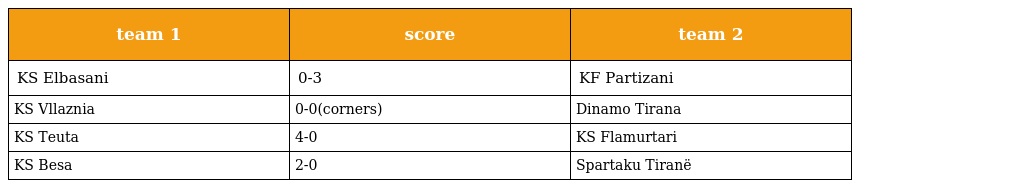
| team 1 | score | team 2 |
 | --- | --- | --- |
 | KS Elbasani | 0-3 | KF Partizani |
 | KS Vllaznia | 0-0(corners) | Dinamo Tirana |
 | KS Teuta | 4-0 | KS Flamurtari |
 | KS Besa | 2-0 | Spartaku Tiranë |